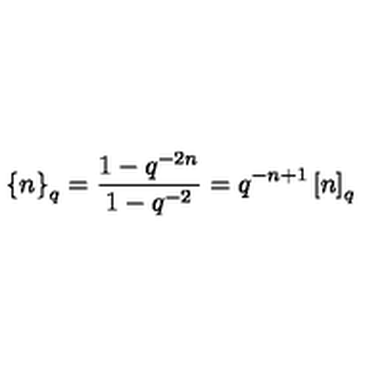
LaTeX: \left\{ n \right\} _ { q } = \frac { 1 - q ^ { - 2 n } } { 1 - q ^ { - 2 } } = q ^ { - n + 1 } \left[ n \right] _ { q }